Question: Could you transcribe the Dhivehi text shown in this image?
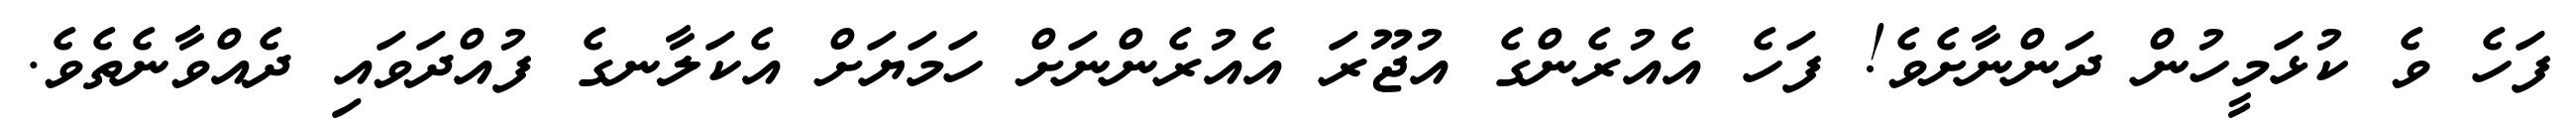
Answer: ފަހެ ވެ ކުޅަމީހުން ދަންނާށެވެ! ފަހެ އެއުރެންގެ އުޖޫރަ އެއުރެންނަށް ހަމަޔަށް އެކަލާނގެ ފުއްދަވައި ދެއްވާނެތެވެ.